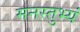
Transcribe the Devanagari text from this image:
मनस्तुभ्यं